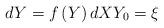
LaTeX: \begin{align*}dY=f\left( Y\right) dXY_{0}=\xi \end{align*}